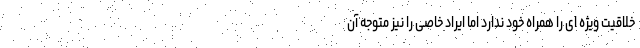
خلاقیت ویژه ای را همراه خود ندارد اما ایراد خاصی را نیز متوجه آن